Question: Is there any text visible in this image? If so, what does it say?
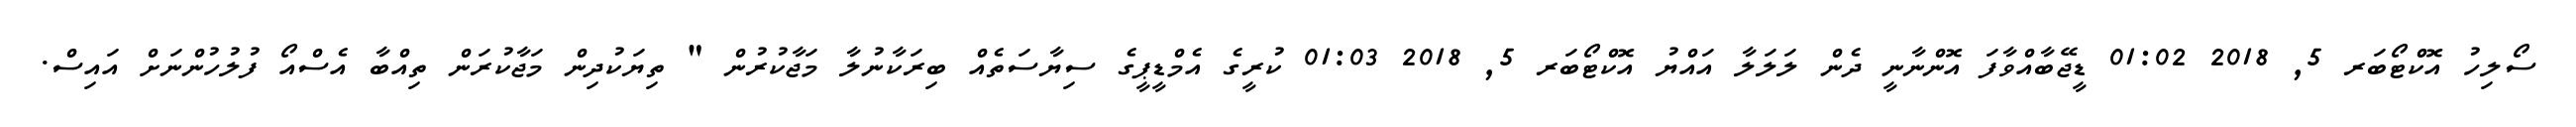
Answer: ސޯލިހު އޮކްޓޯބަރ 5, 2018 01:02 ޑީޖޭބާއްވާފަ އޮންނާނީ ދެން ލަލަލާ އައްޔު އޮކްޓޯބަރ 5, 2018 01:03 ކުރީގެ އެމްޑީޕީގެ ސިޔާސަތެއް ބިރަކާނުލާ މަޖާކުރުން " ތިޔަކުދިން މަޖާކުރަން ތިއްބާ އެސްއޯ ފުލުހުންނަށް އައިސް.